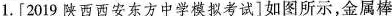
1.[2019陕西西安东方中学模拟考试]如图所示，金属棒